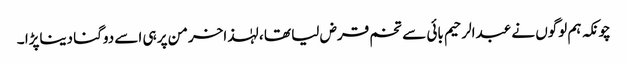
چونکہ ہم لوگوں نے عبدالرحیم بائی سے تخم قرض لیا تھا ، لہٰذاخرمن پر ہی اسے دوگنا دیناپڑا ۔